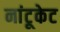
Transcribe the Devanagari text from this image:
नांटूकेट